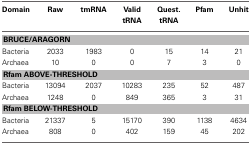
| Domain | Raw | tmRNA | Valid tRNA | Quest. tRNA | Pfam | Unhit |
 | --- | --- | --- | --- | --- | --- | --- |
 | <COLSPAN=7> BRUCE/ARAGORN |
 | Bacteria | 2033 | 1983 | 0 | 15 | 14 | 21 |
 | Archaea | 10 | 0 | 0 | 7 | 3 | 0 |
 | <COLSPAN=7> Rfam ABOVE-THRESHOLD |
 | Bacteria | 13094 | 2037 | 10283 | 235 | 52 | 487 |
 | Archaea | 1248 | 0 | 849 | 365 | 3 | 31 |
 | <COLSPAN=7> Rfam BELOW-THRESHOLD |
 | Bacteria | 21337 | 5 | 15170 | 390 | 1138 | 4634 |
 | Archaea | 808 | 0 | 402 | 159 | 45 | 202 |